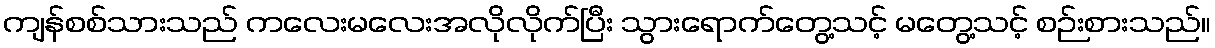
ကျန်စစ်သားသည် ကလေးမလေးအလိုလိုက်ပြီး သွားရောက်တွေ့သင့် မတွေ့သင့် စဉ်းစားသည်။